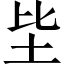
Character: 坒